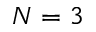
N = 3